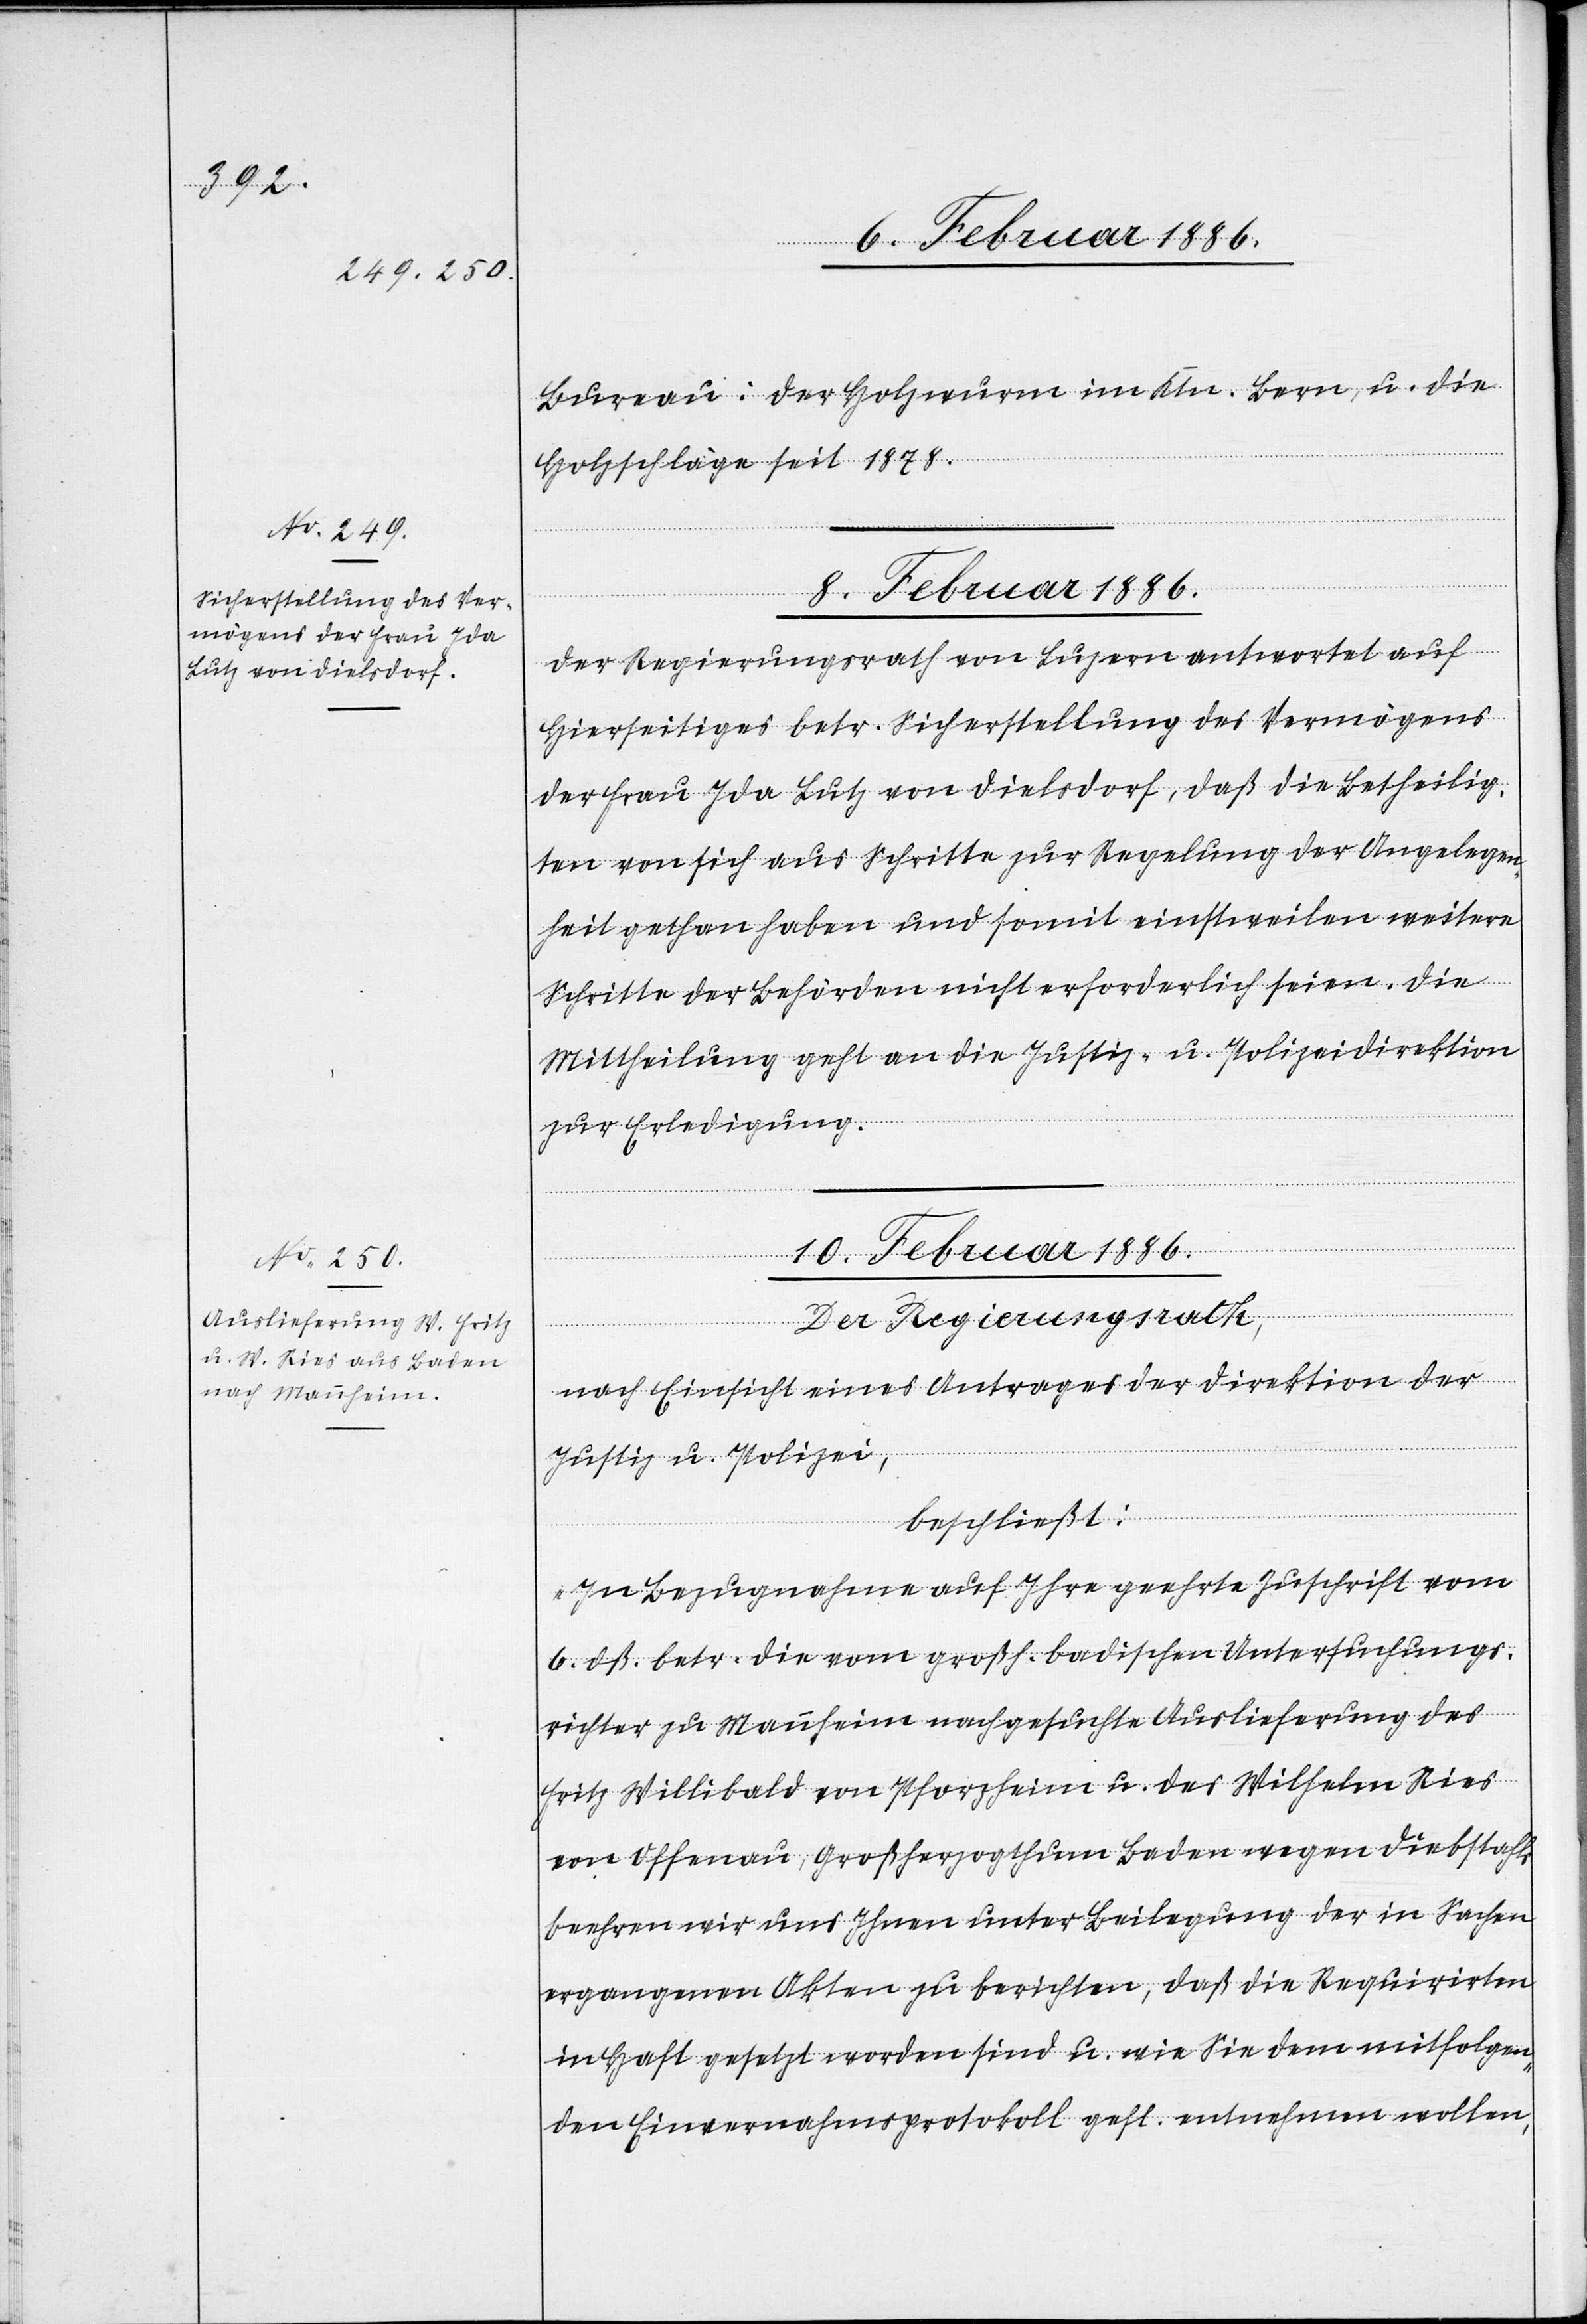
Bureau: der Holzwurm im Ktn. Bern, u. die
Holzschläge seit 1878.
8. Februar 1886.
Der Regierungsrath von Luzern antwortet auf
Hierseitiges betr. Sicherstellung des Vermögens
der Frau Ida Lutz von Dielsdorf, daß die Betheilig¬
ten von sich aus Schritte zur Regelung der Angelegen¬
heit gethan haben und somit einstweilen weitere
Schritte der Behörden nicht erforderlich seien. Die
Mittheilung geht an die Justiz- u. Polizeidirektion
zur Erledigung.
10. Februar 1886.
Der Regierungsrath,
nach Einsicht eines Antrages der Direktion der
Justiz u. Polizei,
beschließt:
„In Bezugnahme auf Ihre geehrte Zuschrift vom
6. dß. betr. die vom großh. badischen Untersuchungs¬
richter zu Mannheim nachgesuchte Auslieferung des
Fritz Willibald von Pforzheim u. des Wilhelm Ries
von Offenau, Großherzogthum Baden wegen Diebstahls
beehren wir uns Ihnen unter Beilegung der in Sachen
ergangenen Akten zu berichten, daß die Requirirten
in Haft gesetzt worden sind u. wie Sie dem mitfolgen¬
den Einvernahmsprotokoll gefl. entnehmen wollen,